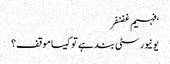
‘فہیم غضنفر
یونیورسٹی بند ہے تو کیسا موقف؟